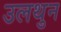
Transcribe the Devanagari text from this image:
उलथुन